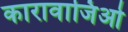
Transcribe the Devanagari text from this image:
कारावाजिओ